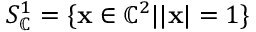
S _ { \mathbb { C } } ^ { 1 } = \{ { \bf x } \in \mathbb { C } ^ { 2 } | | { \bf x } | = 1 \}